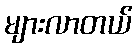
များလာတယ်